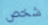
شخص